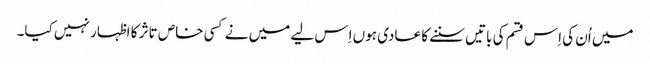
میں اُن کی اِس قسم کی باتیں سننے کا عادی ہوں اِس لیے میں نے کسی خاص تاثر کا اظہار نہیں کیا۔